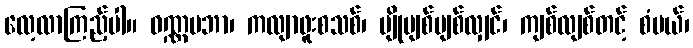
လေ့လာကြည့်ပါ။ ဝဏ္ဏပဘာ၊ ကလျာဖူးစသစ်၊ ပျိုမျစ်မျစ်လျှင်၊ ကျစ်လျစ်တင့် စံပယ်၊